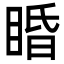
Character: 睧